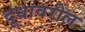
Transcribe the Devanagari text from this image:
दूधावरील